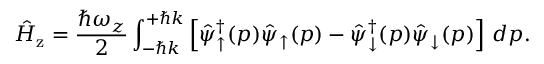
\hat { H } _ { \mathrm { z } } = \frac { \hbar \omega _ { z } } { 2 } \int _ { - \hbar k } ^ { + \hbar k } \left[ \hat { \psi } _ { \uparrow } ^ { \dagger } ( p ) \hat { \psi } _ { \uparrow } ( p ) - \hat { \psi } _ { \downarrow } ^ { \dagger } ( p ) \hat { \psi } _ { \downarrow } ( p ) \right] \, d p .